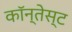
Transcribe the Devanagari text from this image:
कॉन्तेस्ट